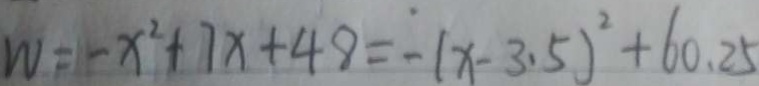
W = - x ^ { 2 } + 7 x + 4 8 = - ( x - 3 . 5 ) ^ { 2 } + 6 0 . 2 5